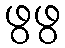
ဖွဖွ